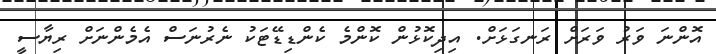
އޮންނަ ވަރު ވަރަށް ރަނގަޅަށް. އިދިކޮޅުން ކޮންމެ ކެންޑިޑޭޓަކު ނެރުނަސް އެމެންނަށް ރިޔާސީ